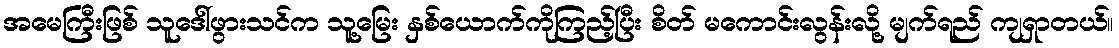
အမေကြီးဖြစ် သူဒေါ်ဖွားသင်က သူ့မြေး နှစ်ယောက်ကိုကြည့်ပြီး စိတ် မကောင်းလွန်းလို့ မျက်ရည် ကျရှာတယ်။